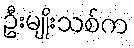
ဦးမျိုးသစ်က